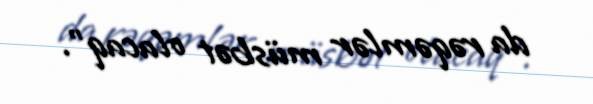
da rəqəmlər müsbət olacaq”.